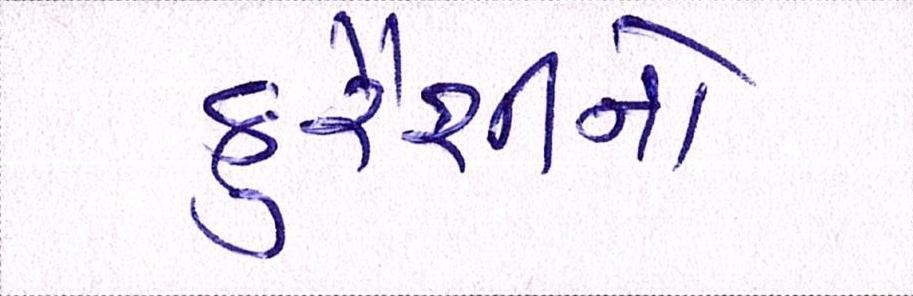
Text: કુરૈશીનો